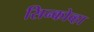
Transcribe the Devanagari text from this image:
सिन्कोव्हा